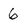
Character: 6